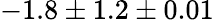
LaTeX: -1.8\pm 1.2\pm 0.01